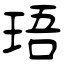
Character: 珸